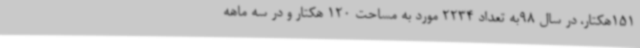
151هکتار، در سال 98به تعداد 2234 مورد به مساحت 120 هکتار و در سه ماهه